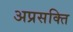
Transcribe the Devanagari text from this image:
अप्रसक्ति